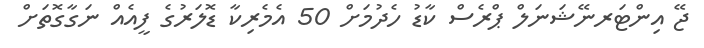
ޖޭ އިންޓަރނޭޝަނަލް ޕްރެސް ކާޑު ހެދުމަށް 50 އެމެރިކާ ޑޮލަރުގެ ފީއެއް ނަގާގޮތަށް